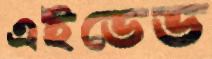
এইডেড